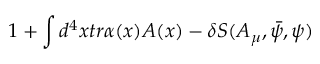
1 + \int d ^ { 4 } x t r \alpha ( x ) A ( x ) - \delta S ( A _ { \mu } , \bar { \psi } , \psi )